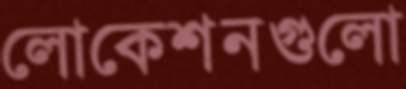
লোকেশনগুলো